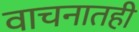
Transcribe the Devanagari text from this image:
वाचनातही